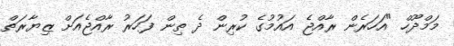
މަމްދޫހް "އަހަރެން ރާއްޖެ އައުމުގެ ކުރިން ދެ ތިން ފަހަރު ރާއްޖެއަށް ޒިޔާރަތް